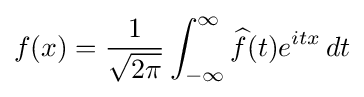
f(x)={1 \over {\sqrt {2\pi }}}\int _{-\infty }^{\infty }{\widehat {f}}(t)e^{itx}\,dt